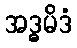
အဒ္ဓမိဒံ